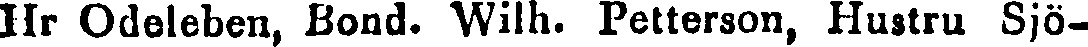
Hr Odeleben, Bond. Wilh. Petterson, Hustru Sjö-